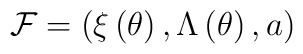
{\cal F}=\left( \xi \left( \theta \right), \Lambda \left(\theta \right) ,a\right)